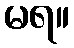
မရ။